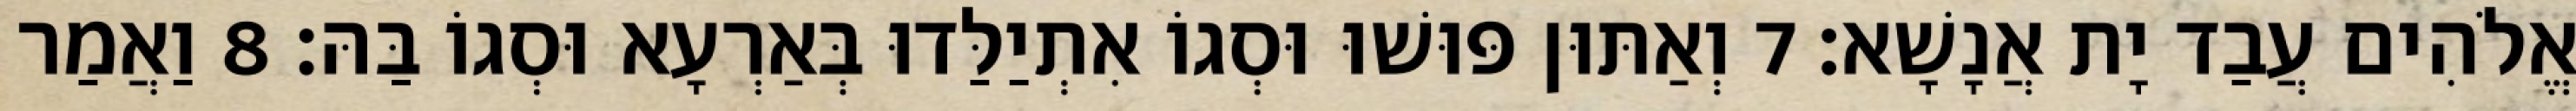
אֱלֹהִים עֲבַד יָת אֲנָשָׁא׃ 7 וְאַתּוּן פּוּשׁוּ וּסְגוֹ אִתְיַלַּדוּ בְּאַרְעָא וּסְגוֹ בַּהּ׃ 8 וַאֲמַר